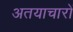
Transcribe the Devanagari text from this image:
अतयाचारों